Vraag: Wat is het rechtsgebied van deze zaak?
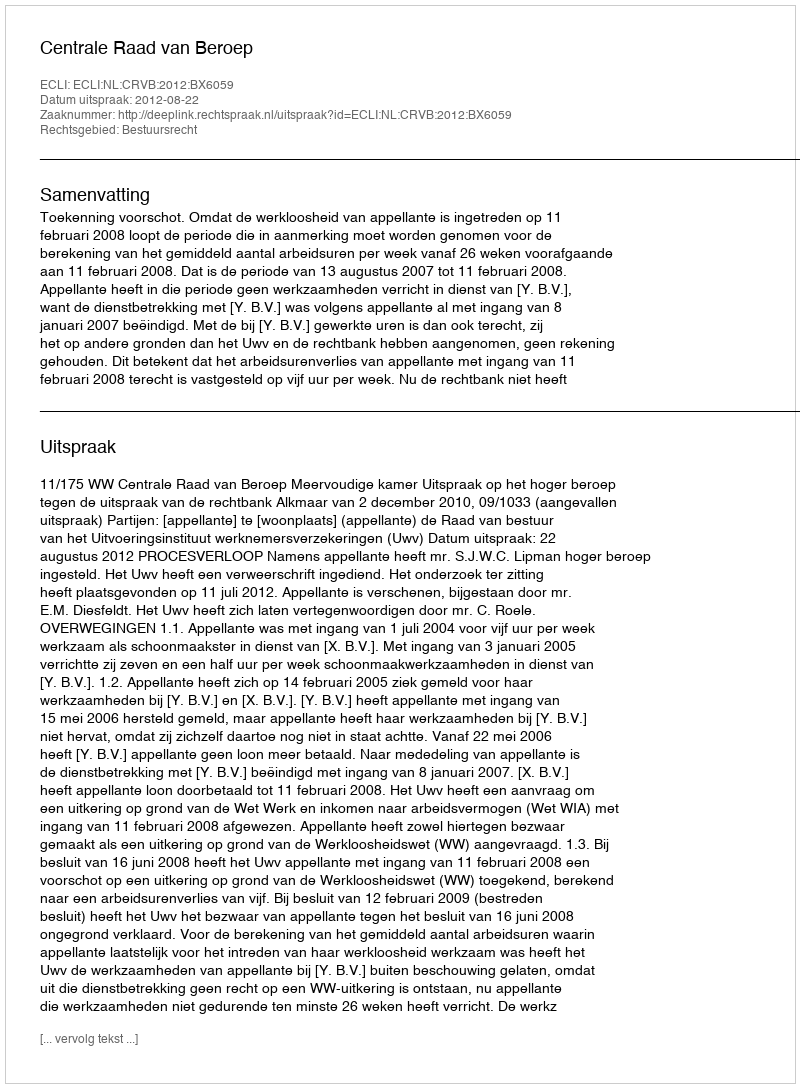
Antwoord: Bestuursrecht